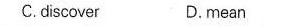
C. discover